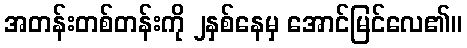
အတန်းတစ်တန်းကို ၂နှစ်နေမှ အောင်မြင်လေ၏။